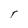
Character: T